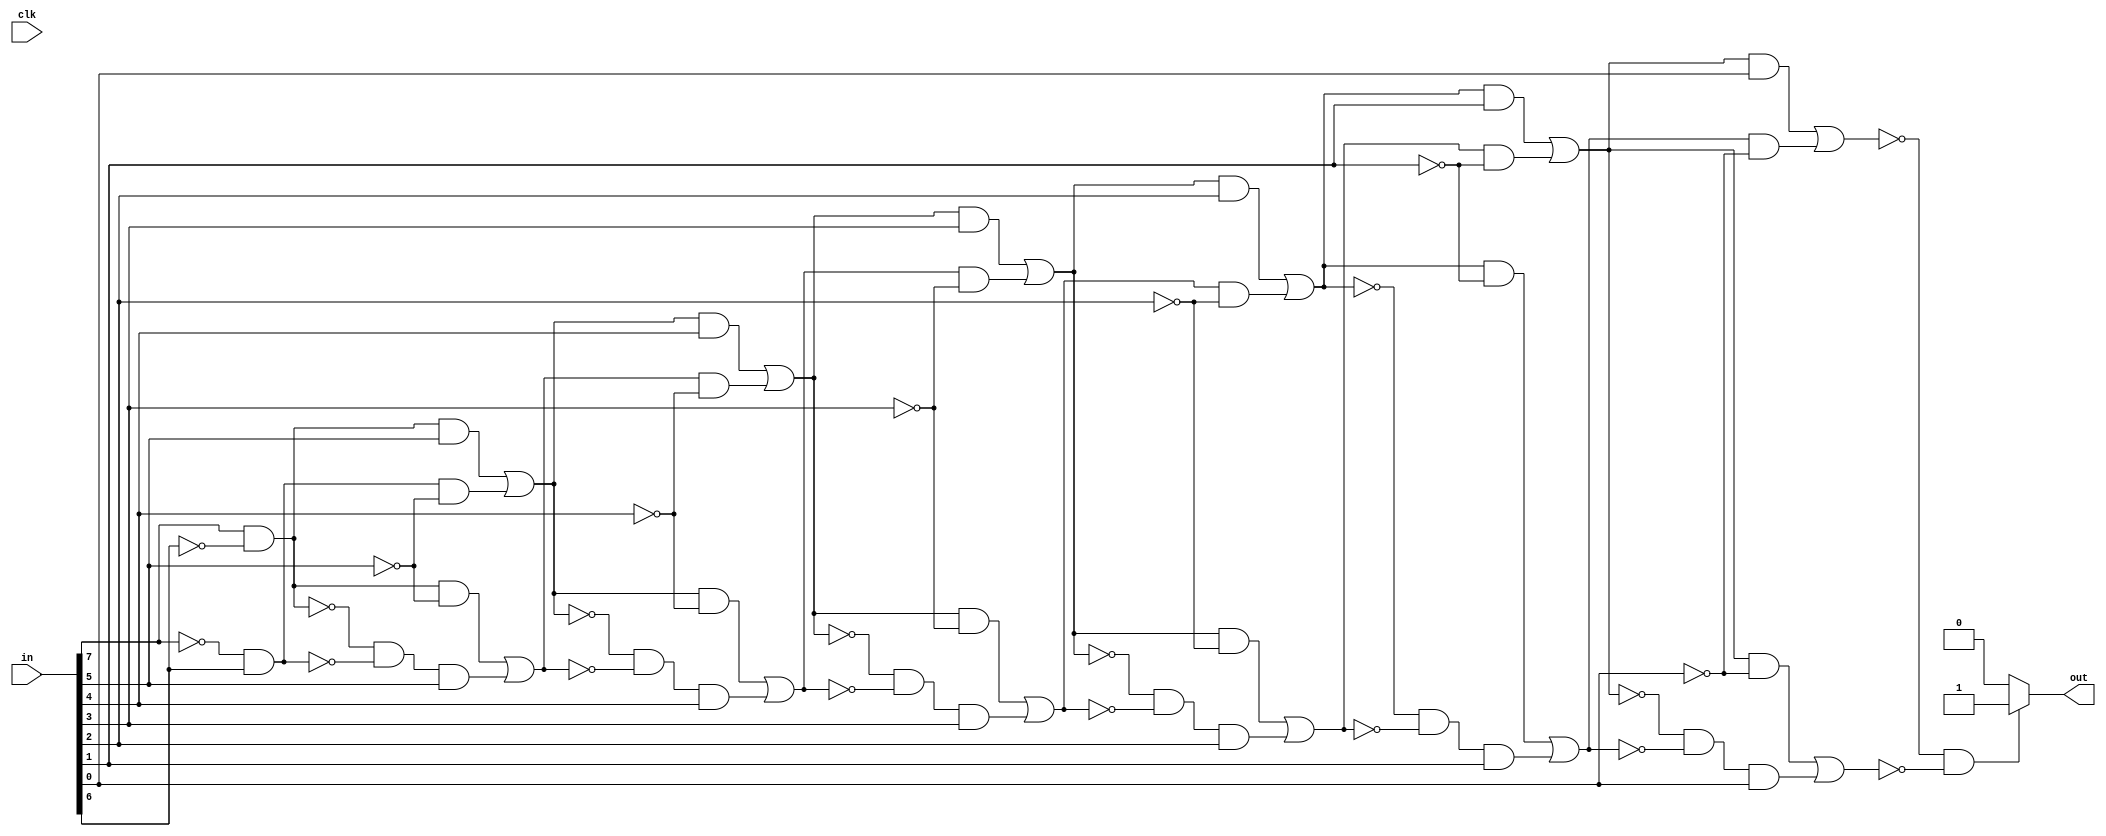
module modulo3(
    input wire[7:0] in,
    input wire clk,
    output reg out
);
    reg a,A;
    reg b,B;
    reg inp;
    integer i;

    //intialize at every input change
    always @ (in)begin
        //initial state 00; modulo 1 01; modulo 2 10; modulo 3 00
        a = 0;
        b = 0;
        out = 0;
        //state machine
        for (i = 7;i>=0;i=  i-1)begin
            inp = in[i];
            A = a;
            B = b;
            a = (A&inp)|(B&~inp);
            b = (A&~inp)|(~A&~B&inp);
        end

        if (a==0 && b==0) out = 1;
        else out = 0;
    end
endmodule